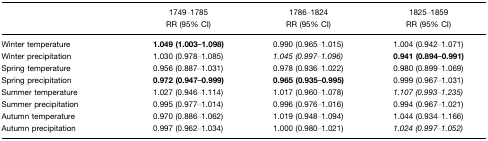
|  | 1749–1785RR (95% CI) | 1786–1824RR (95% CI) | 1825–1859RR (95% CI) |
 | --- | --- | --- | --- |
 | Winter temperature | 1.049 (1.003–1.098) | 0.990 (0.965–1.015) | 1.004 (0.942–1.071) |
 | Winter precipitation | 1.030 (0.978–1.085) | 1.045 (0.997–1.096) | 0.941 (0.894–0.991) |
 | Spring temperature | 0.956 (0.887–1.031) | 0.978 (0.936–1.022) | 0.980 (0.899–1.069) |
 | Spring precipitation | 0.972 (0.947–0.999) | 0.965 (0.935–0.995) | 0.999 (0.967–1.031) |
 | Summer temperature | 1.027 (0.946–1.114) | 1.017 (0.960–1.078) | 1.107 (0.993–1.235) |
 | Summer precipitation | 0.995 (0.977–1.014) | 0.996 (0.976–1.016) | 0.994 (0.967–1.021) |
 | Autumn temperature | 0.970 (0.886–1.062) | 1.019 (0.948–1.094) | 1.044 (0.934–1.166) |
 | Autumn precipitation | 0.997 (0.962–1.034) | 1.000 (0.980–1.021) | 1.024 (0.997–1.052) |